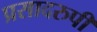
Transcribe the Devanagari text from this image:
प्रसादरुपी